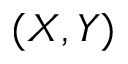
( X , Y )